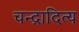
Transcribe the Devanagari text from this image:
चन्द्रादित्य